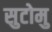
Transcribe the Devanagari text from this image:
सुटोमु